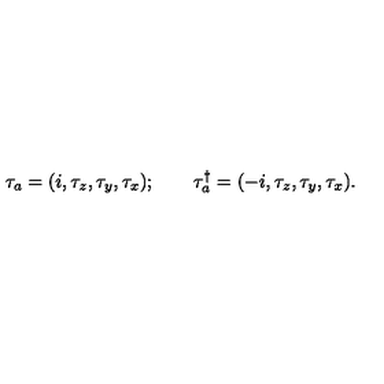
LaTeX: \tau _ { a } = ( i , \tau _ { z } , \tau _ { y } , \tau _ { x } ) ; \qquad \tau _ { a } ^ { \dagger } = ( - i , \tau _ { z } , \tau _ { y } , \tau _ { x } ) .